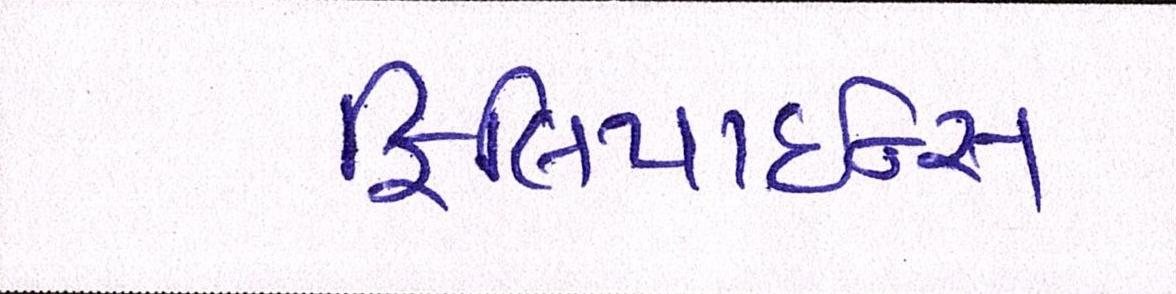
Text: ફિલિપાઇન્સ